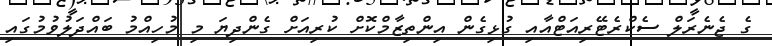
ގެ ޖެނެރަލް ސެކްރެޓޭރިއަޓްއާއި ގުޅިގެން އިންތިޒާމްކޮށް ކުރިއަށް ގެންދިޔަ މި މުހިއްމު ބައްދަލުވުމުގައި